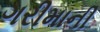
ગરીમાની